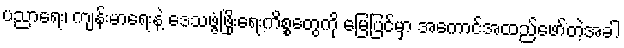
ပညာရေး၊ ကျန်းမာရေးနဲ့ ဒေသဖွံ့ဖြိုးရေးကိစ္စတွေကို မြေပြင်မှာ အကောင်အထည်ဖော်တဲ့အခါ